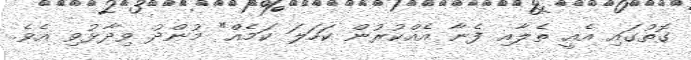
ގޮތުގައި އެއީ ތެލާއި ފެނާ އެއްކުރުން ކަހަލަ ކަމެއް" މުންދު ވިދާޅުވި އެވެ.